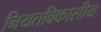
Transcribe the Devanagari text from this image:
नियतविकासीय